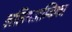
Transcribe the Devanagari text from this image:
ललिथअम्बिका